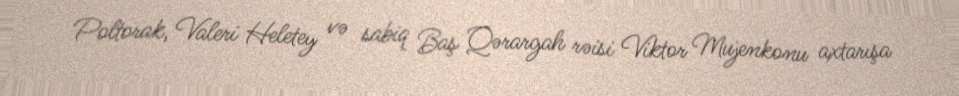
Poltorak, Valeri Heletey və sabiq Baş Qərargah rəisi Viktor Mujenkonu axtarışa